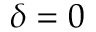
\delta = 0